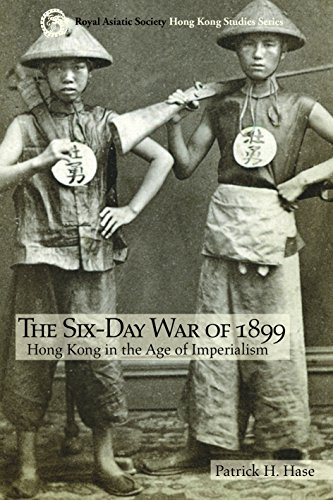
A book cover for The Six-Day War of 1899: Hong Kong in the Age of Imperialism (Royal Asiatic Society Hong Kong Studies Series); Patrick H. Hase; History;